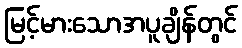
မြင့်မားသောအပူချိန်တွင်